画像に写った文字を読んでください
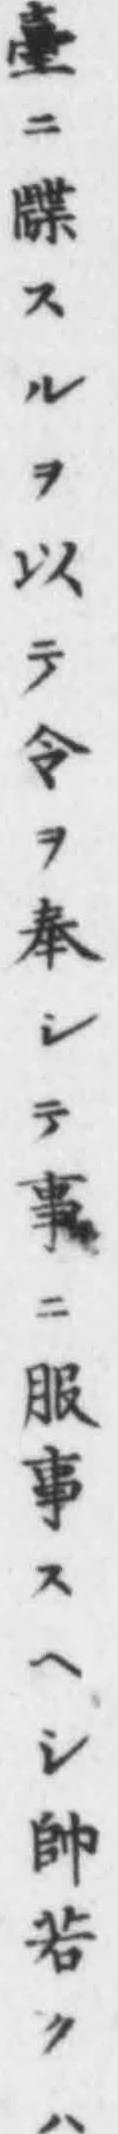
「臺ニ牒スルヲ以テ令ヲ奉シテ事ニ服事スヘシ帥若クハ」と書いてあります